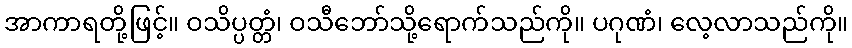
အာကာရတို့ဖြင့်။ ဝသိပ္ပတ္တံ၊ ဝသီဘော်သို့ရောက်သည်ကို။ ပဂုဏံ၊ လေ့လာသည်ကို။